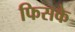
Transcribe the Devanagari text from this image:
फिसके